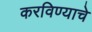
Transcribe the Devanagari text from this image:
करविण्याचे